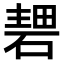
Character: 𥔏